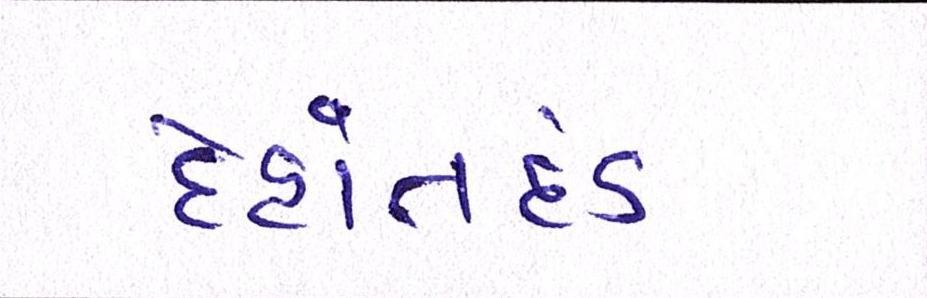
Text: દેહાંતદંડ